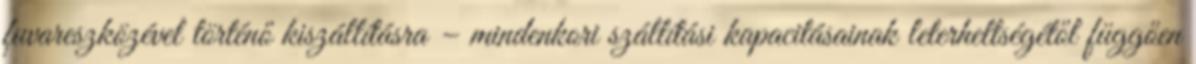
fuvareszközével történő kiszállításra – mindenkori szállítási kapacitásainak leterheltségétől függően